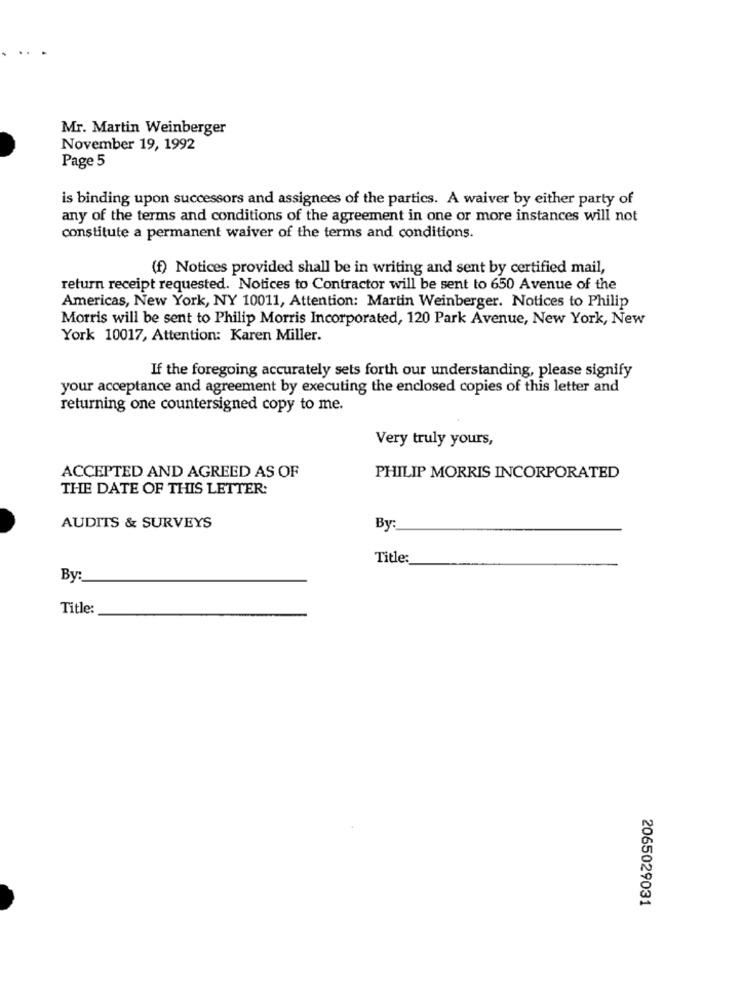
Mr. Martin Weinberger
November 19, 1992
Page 5
is binding upon successors and assignees of the parties. A waiver by either party of
any of the terms and conditions of the agreement in one or more instances will not
constitute a permanent waiver of the terms and conditions.
(f) Notices provided shall be in writing and sent by certified mail,
return receipt requested. Notices to Contractor will be sent to 650 Avenue of the
Americas, New York, NY 10011, Attention: Martin Weinberger. Notices to Philip
Morris will be sent to Philip Morris Incorporated, 120 Park Avenue, New York, New
York 10017, Attention: Karen Miller.
If the foregoing accurately sets forth our understanding, please signify
your acceptance and agreement by executing the enclosed copies of this letter and
returning one countersigned copy to me.
Very truly yours,
ACCEPTED AND AGREED AS OF
PHILIP MORRIS INCORPORATED
THE DATE OF THIS LETTER:
AUDITS & SURVEYS
By
Title:
By:
Title:
2065029031